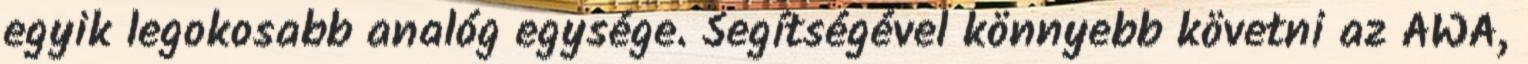
egyik legokosabb analóg egysége. Segítségével könnyebb követni az AWA,